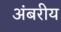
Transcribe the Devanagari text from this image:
अंबरीय